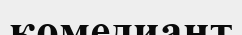
комедиант